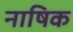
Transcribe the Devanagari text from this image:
नाषिक